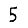
Digit: 5